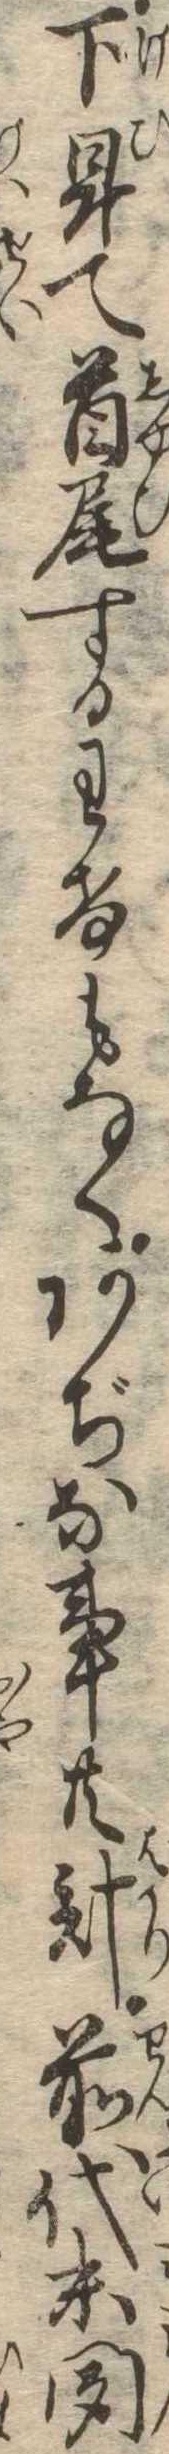
下卑て首尾するわけもなくあぢな事共計前代未聞